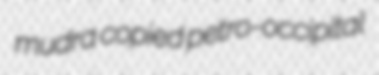
mudra copied petro-occipital